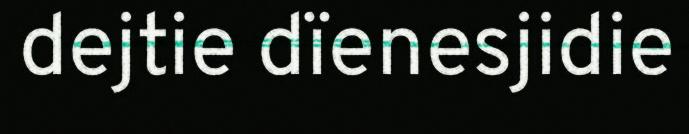
dejtie dïenesjidie